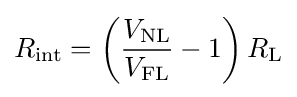
R_{\text{int}}=\left({{\frac {V_{\text{NL}}}{V_{\text{FL}}}}-1}\right){R_{\text{L}}}